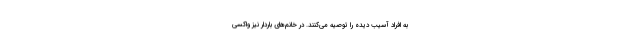
به افراد آسیب دیده را توصیه می‌کنند. در خانم‌های باردار نیز واکسی